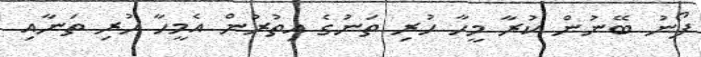
ފޯނު ބޭނުން ކުރާ މީހާ ހުރި ތަނުގެ އިތުރުން އެމީހާ ހުރި ތަނާއި